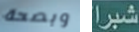
وبصحة شبرا